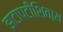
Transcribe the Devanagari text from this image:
झटापटींशिवाय